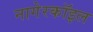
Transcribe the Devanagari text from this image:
नागेरकॉइल